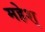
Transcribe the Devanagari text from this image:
महेश्